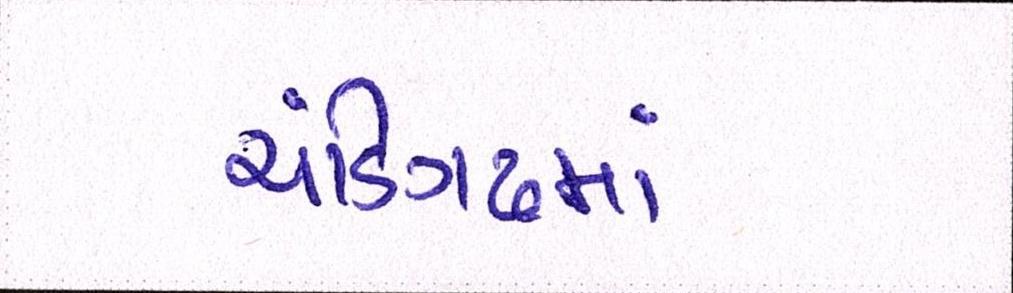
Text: ચંડિગઢમાં